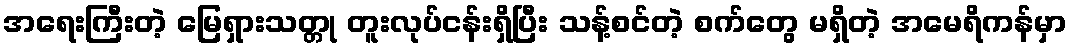
အရေးကြီးတဲ့ မြေရှားသတ္တု တူးလုပ်ငန်းရှိပြီး သန့်စင်တဲ့ စက်တွေ မရှိတဲ့ အမေရိကန်မှာ